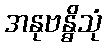
အနုဗန္ဓိသုံ